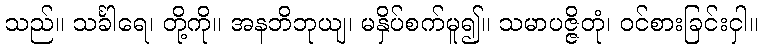
သည်။ သင်္ခါရေ၊ တို့ကို။ အနဘိဘုယျ၊ မနှိပ်စက်မူ၍။ သမာပဇ္ဇိတုံ၊ ဝင်စားခြင်းငှါ။